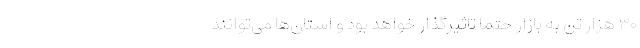
۳۰ هزار تن به بازار حتماً تأثیرگذار خواهد بود و استان‌ها می‌توانند